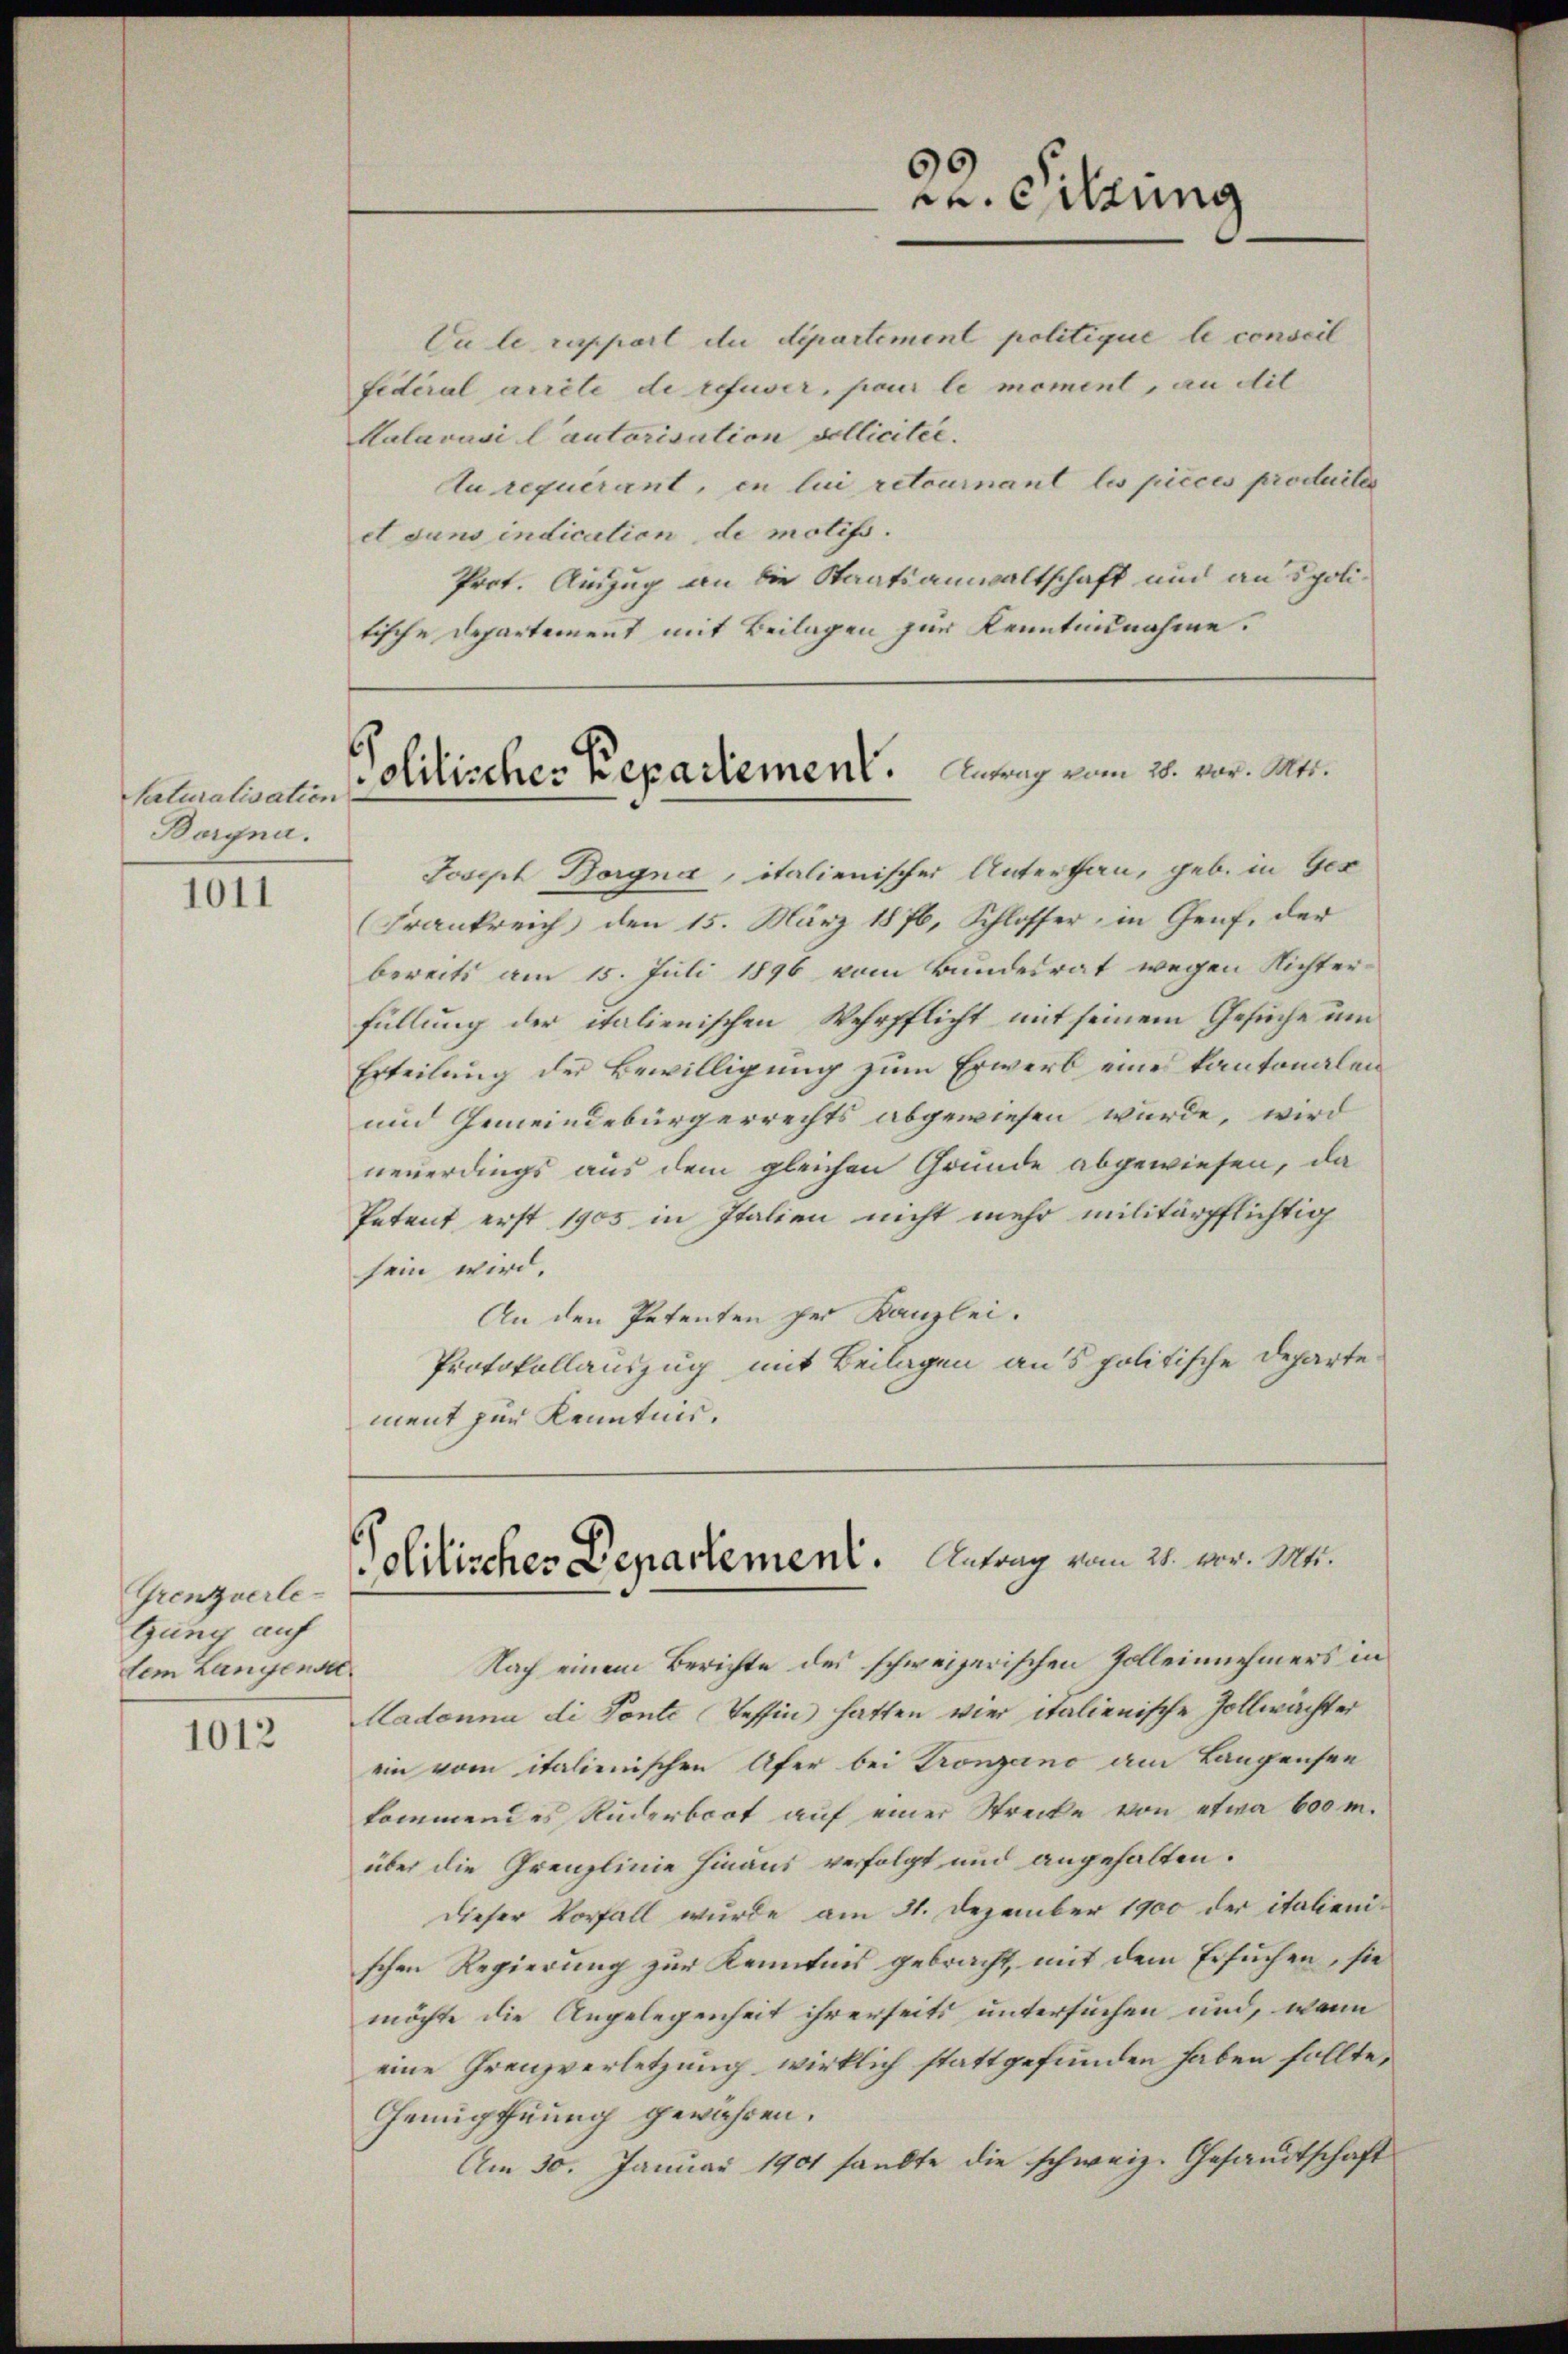
Naturalisation
Borgna.

1011

Grenzverle-
Gung auf
tem Langensa

1012

Joseph Borgna, italienischer Unterthan, geb. in Ges
(Frankreich den 15. März 1876, Schlosser, in Genf, der
bereits am 15. Juli 1896 vom Bundesrat wegen Richterfüllung der italienischen Wehrpflicht mit seinem Gesuche um
Erteilung der Bewilligung zum Erwerb eines kantonalen
und Gemeindebürgerrechts abgewiesen würde, wird
neuerdings aus dem gleichen Grunde abgewiesen, da
Petent erst 1905 in Italien nicht mehr militärpflichtig
sein wird.
An den Petenten der Kanzlei.
Protokollauszug mit Beilagen aus politische Departe
ment zur Kenntnis.

fidéral arrête de refuser, pour le moment, an dit
Malavasi Cautorisation sollicitée.
Au requérant, in lui retournant les pieces produites
et dans indication de motifs.
Prot. Auszug an die Staatsanwaltschaft und anspolitische Departement mit Beilagen zur Kenntnisnahme.

22. Sitzung

Du le rappart du derartement politique le conseil

Politischer Repartement. Antrag vom 26. vor. Mts.

Politisches Departement. Antrag vom 21. Der. Mt.

Nach einem Berichte des schweizerischen Zolleinnehmers in
Aadonna di Ponte Tessin hatten vier italienische Zollwächter
ein vom italienischen Ufer bei Tronzano am Langensee
kommendes Ruderbect auf einer Strecke von etwa 600 m.
über die Grenzlinie hinaus verfolgt und angehalten.
dieser Vorfall wurde am 21. Dezember 1900 der italieni-
schen Regierung zur Kenntnis gebracht, mit dem Ersuchen, sie
möchte die Angelegenheit ihrerseits untersuchen und, wenn
eine Grenzverletzung wirklich stattgefunden haben sollte,
Genüpfnung gewähren.
Am 30. Januar 1901 sandte die schweiz. Gesandtschaft